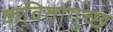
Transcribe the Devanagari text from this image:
कवितागुच्छ